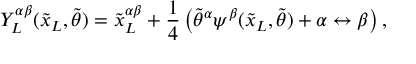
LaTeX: Y _ { L } ^ { \alpha \beta } ( { \tilde { x } _ { L } } , { \tilde { \theta } } ) = { { \tilde { x } _ { L } } ^ { \alpha \beta } } + \frac { 1 } { 4 } \left( { { \tilde { \theta } } ^ { \alpha } } \psi ^ { \beta } ( { \tilde { x } _ { L } } , { \tilde { \theta } } ) + \alpha \leftrightarrow \beta \right) ,